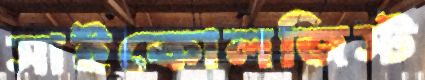
সাইকোলজিস্ট